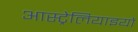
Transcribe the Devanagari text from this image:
आस्ट्रेलियाइयों